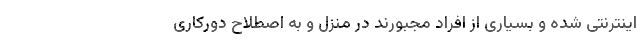
اینترنتی شده و بسیاری از افراد مجبورند در منزل و به اصطلاح دورکاری